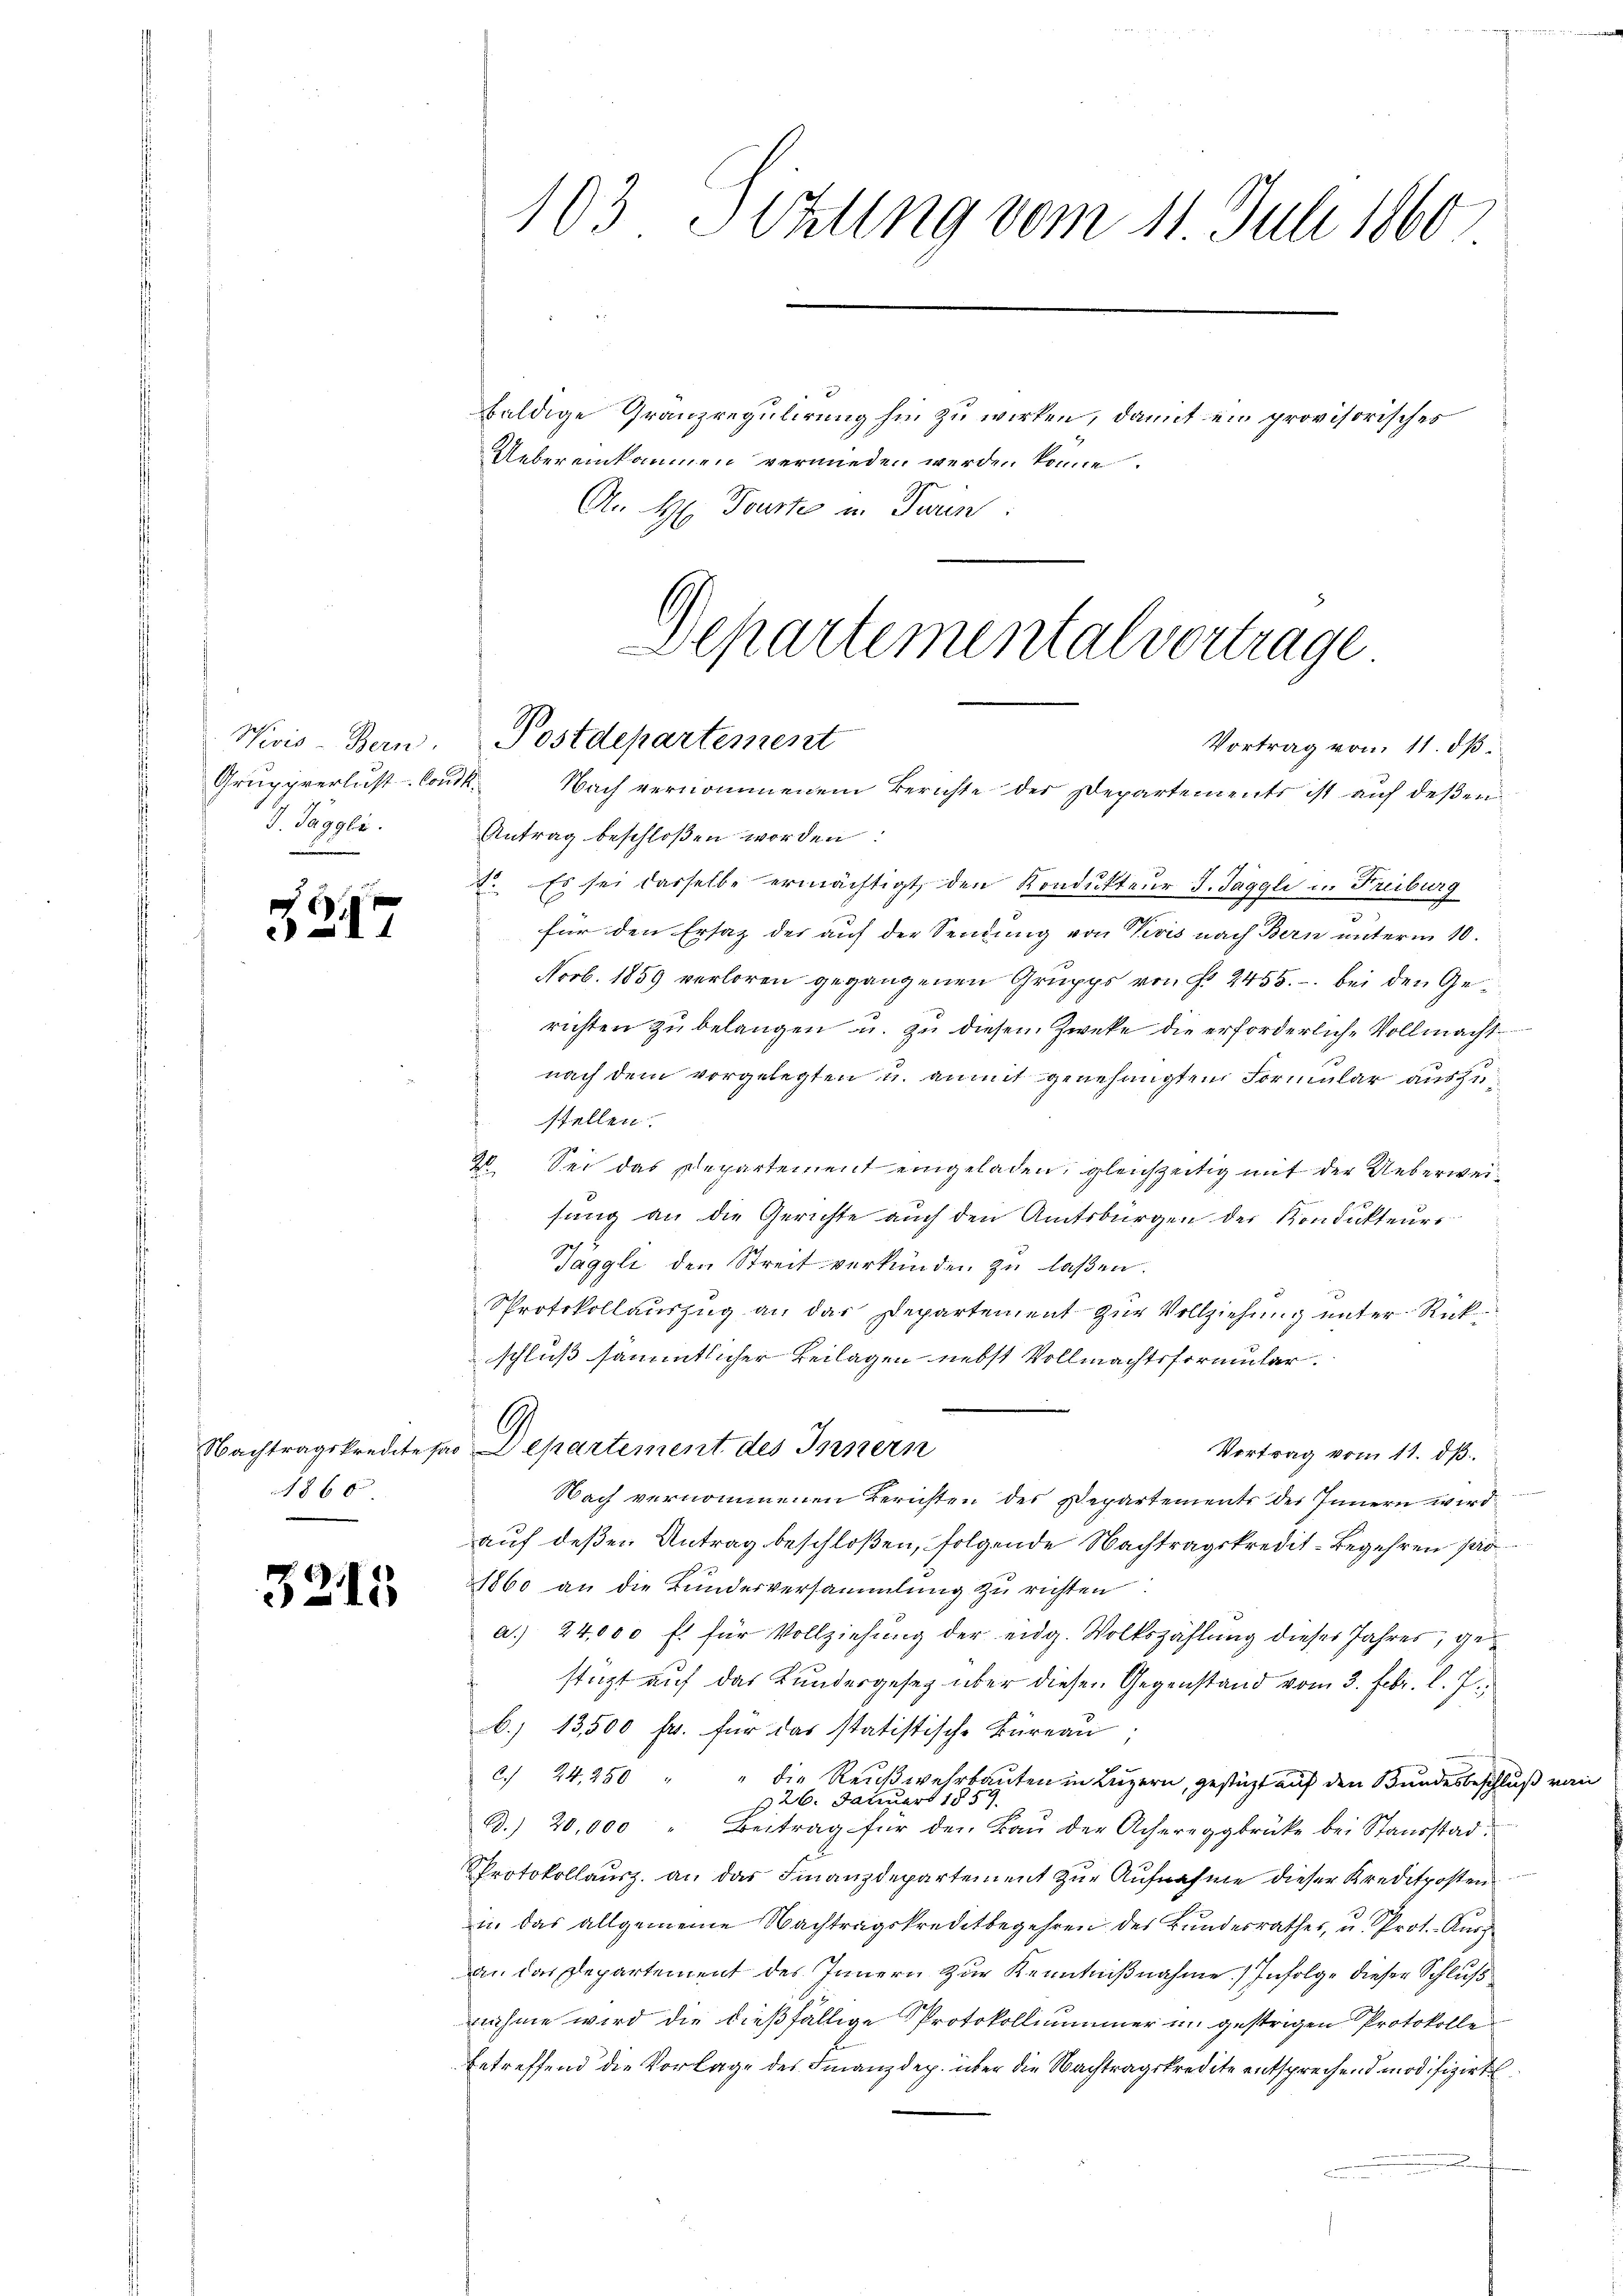
Wivis - Bern.
Gruppverlust Com¬
V. Pogle

.
e

Nachtragskredite san
186 x

35

15

baldige Granzregulirung hin zu wirken, damit ein provisorisches
Uebereinkommen vermieden werden könne.
An H. Touste in Turin

103 Sitzung vom 11. Juli 1860

Departementalvertrage
Postdepartement
Vortrag vom 11. dß.
14. Nach vernommenem Berichte der Departements ist aŭf deβen

Antrag beschloßen worden:
2. Es sei dasselbe ermächtigt, den Kondukteur J. Jaggli u. Freiburg
für den Ersatz der auf der Sendung von Divis nach Bern unterm 10.
Novb. 1859 verloren gegangenen Gruppe von § 2455. - bei den Gerichten zu belangen u. zu diesem Zweke die erforderliche Vollmacht
nach dem vorgelegten u. anmit genehmigten Formular auszustellen.
2. Sei das Departement eingeladen, gleichzeitig mit der Ueberweisang an die Gerichte auch den Amtsbürgen der Kondukteur
Täggli den Streit verkünden zu laßen.
Sprotokollauszug an dar Departement zur Vollziehung unter Rückschluß sämmtlicher Beilagen nebst Vollmachtsformular
epartement des Innern
Vortrag vom 11. dß.
Nach vernommenen Berichten des Departements des Innern wird.
auf deßen Antrag beschloßen, folgende Nachtragskredit-Begehren pro
1860 an die Bundesversammlung zu richten
a.) 24,000 fl für Vollziehung der eidg. Volkszählung dieses Jahres, ge
stüzt auf das Kundesgesez aber diesen Gegenstand vom 3. Febr. l. J.,
b) 13,500 fr. für das statistische Büreau
c. 24, 250 " die Reŭβwehrbaŭten in Lŭzern, gestützt aŭf den Bŭndesbeschlŭβ von
§ 26. Januar 1859
B. 20,000 " Beitrag für den Baŭ der Achereggbrücke bei Standstad
Protokollausz an das Finanzdepartement zur Aufnahme dieser Kredetposten
in das allgemeine Nachtragskreditbegehren des Bundesrathes, u. Prot. Aus
an das Departement des Innern zur Kenntnißnahme. Infolge dieser Schluß
nahme wird die dießfällige Protokollnummer in gestrigen Protokolle
betreffend die Vorlage des Finanzdep. über die Nachtragskredite entsprechend modifizirt

G